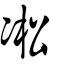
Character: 凇